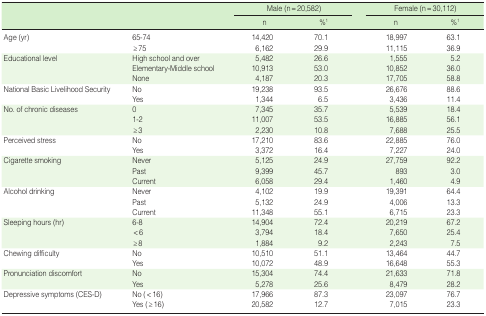
<table><thead><tr><td rowspan="2"></td><td rowspan="2"></td><td colspan="2"><b>Male (n=20,582)</b></td><td colspan="2"><b>Female (n=30,112)</b></td></tr><tr><td><b>n</b></td><td><b>%<sup>1</sup></b></td><td><b>n</b></td><td><b>%<sup>1</sup></b></td></tr></thead><tbody><tr><td>Age (yr)</td><td>65-74</td><td>14,420</td><td>70.1</td><td>18,997</td><td>63.1</td></tr><tr><td></td><td>≥75</td><td>6,162</td><td>29.9</td><td>11,115</td><td>36.9</td></tr><tr><td>Educational level</td><td>High school and over</td><td>5,482</td><td>26.6</td><td>1,555</td><td>5.2</td></tr><tr><td></td><td>Elementary-Middle school</td><td>10,913</td><td>53.0</td><td>10,852</td><td>36.0</td></tr><tr><td></td><td>None</td><td>4,187</td><td>20.3</td><td>17,705</td><td>58.8</td></tr><tr><td>National Basic Livelihood Security</td><td>No</td><td>19,238</td><td>93.5</td><td>26,676</td><td>88.6</td></tr><tr><td></td><td>Yes</td><td>1,344</td><td>6.5</td><td>3,436</td><td>11.4</td></tr><tr><td>No. of chronic diseases</td><td>0</td><td>7,345</td><td>35.7</td><td>5,539</td><td>18.4</td></tr><tr><td></td><td>1-2</td><td>11,007</td><td>53.5</td><td>16,885</td><td>56.1</td></tr><tr><td></td><td>≥3</td><td>2,230</td><td>10.8</td><td>7,688</td><td>25.5</td></tr><tr><td>Perceived stress</td><td>No</td><td>17,210</td><td>83.6</td><td>22,885</td><td>76.0</td></tr><tr><td></td><td>Yes</td><td>3,372</td><td>16.4</td><td>7,227</td><td>24.0</td></tr><tr><td>Cigarette smoking</td><td>Never</td><td>5,125</td><td>24.9</td><td>27,759</td><td>92.2</td></tr><tr><td></td><td>Past</td><td>9,399</td><td>45.7</td><td>893</td><td>3.0</td></tr><tr><td></td><td>Current</td><td>6,058</td><td>29.4</td><td>1,460</td><td>4.9</td></tr><tr><td>Alcohol drinking</td><td>Never</td><td>4,102</td><td>19.9</td><td>19,391</td><td>64.4</td></tr><tr><td></td><td>Past</td><td>5,132</td><td>24.9</td><td>4,006</td><td>13.3</td></tr><tr><td></td><td>Current</td><td>11,348</td><td>55.1</td><td>6,715</td><td>23.3</td></tr><tr><td>Sleeping hours (hr)</td><td>6-8</td><td>14,904</td><td>72.4</td><td>20,219</td><td>67.2</td></tr><tr><td></td><td>&lt;6</td><td>3,794</td><td>18.4</td><td>7,650</td><td>25.4</td></tr><tr><td></td><td>≥8</td><td>1,884</td><td>9.2</td><td>2,243</td><td>7.5</td></tr><tr><td>Chewing difficulty</td><td>No</td><td>10,510</td><td>51.1</td><td>13,464</td><td>44.7</td></tr><tr><td></td><td>Yes</td><td>10,072</td><td>48.9</td><td>16,648</td><td>55.3</td></tr><tr><td>Pronunciation discomfort</td><td>No</td><td>15,304</td><td>74.4</td><td>21,633</td><td>71.8</td></tr><tr><td></td><td>Yes</td><td>5,278</td><td>25.6</td><td>8,479</td><td>28.2</td></tr><tr><td>Depressive symptoms (CES-D)</td><td>No (&lt;16)</td><td>17,966</td><td>87.3</td><td>23,097</td><td>76.7</td></tr><tr><td></td><td>Yes (≥ 16)</td><td>20,582</td><td>12.7</td><td>7,015</td><td>23.3</td></tr></tbody></table>